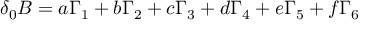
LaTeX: \delta _ { 0 } B = a \Gamma _ { 1 } + b \Gamma _ { 2 } + c \Gamma _ { 3 } + d \Gamma _ { 4 } + e \Gamma _ { 5 } + f \Gamma _ { 6 }